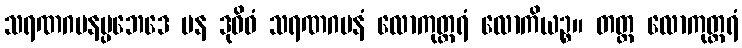
သရဏဂမနပ္ပဘေဒေ ပန ဒုဝိဓံ သရဏဂမနံ လောကုတ္တရံ လောကိယဉ္စ။ တတ္ထ လောကုတ္တရံ